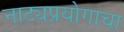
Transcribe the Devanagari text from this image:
नाट्यप्रयोगाचा